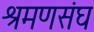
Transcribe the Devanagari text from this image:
श्रमणसंघ